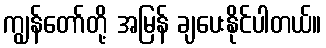
ကျွန်တော်တို့ အမြန် ချပေးနိုင်ပါတယ်။